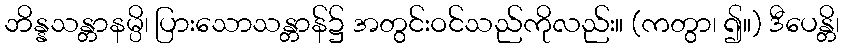
ဘိန္နသန္တာနမ္ပိ၊ ပြားသောသန္တာန်၌ အတွင်းဝင်သည်ကိုလည်း။ (ကတွာ၊ ၍။) ဒီပေန္တိ၊